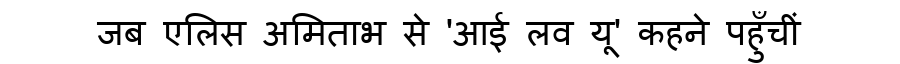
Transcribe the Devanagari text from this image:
जब एलिस अमिताभ से 'आई लव यू' कहने पहुँचीं